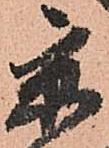
京